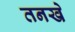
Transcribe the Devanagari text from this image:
तनखे